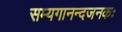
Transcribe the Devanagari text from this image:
सम्यगानन्दजनकः